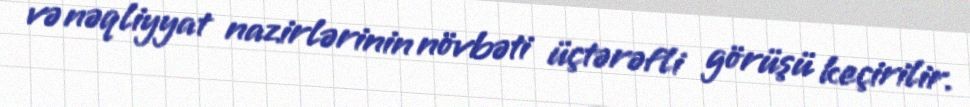
və nəqliyyat nazirlərinin növbəti üçtərəfli görüşü keçirilir.